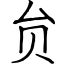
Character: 贠